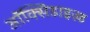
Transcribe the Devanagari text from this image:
ऑक्सिडाइज़्ड